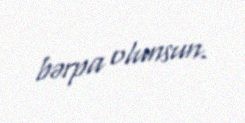
bərpa olunsun.